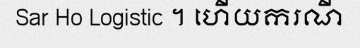
Sar Ho Logistic ។ ហើយករណី